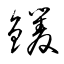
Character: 钁